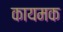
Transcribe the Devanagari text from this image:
कायमक